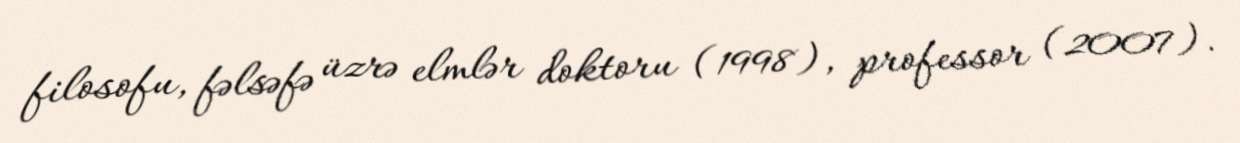
filosofu, fəlsəfə üzrə elmlər doktoru (1998), professor (2007).